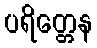
ပရိတ္တေန